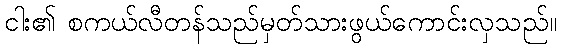
ငါး၏ စကယ်လီတန်သည်မှတ်သားဖွယ်ကောင်းလှသည်။